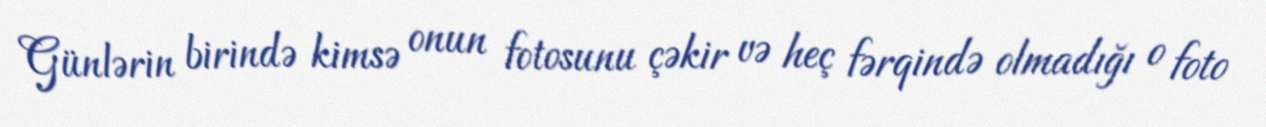
Günlərin birində kimsə onun fotosunu çəkir və heç fərqində olmadığı o foto